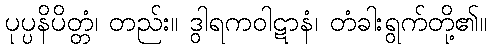
ပုပ္ပနိပိတ္တံ၊ တည်း။ ဒွါရကဝါဋာနံ၊ တံခါးရွက်တို့၏။